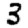
Digit: 3